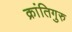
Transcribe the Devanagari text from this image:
क्रांतिगुरु